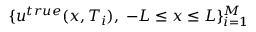
\{ u ^ { t r u e } ( x , T _ { i } ) , \; - L \leq x \leq L \} _ { i = 1 } ^ { M }